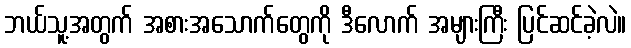
ဘယ်သူ့အတွက် အစားအသောက်တွေကို ဒီလောက် အများကြီး ပြင်ဆင်ခဲ့လဲ။